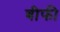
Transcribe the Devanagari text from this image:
बीफी